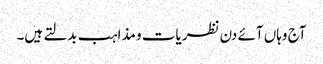
آج وہاں آئے دن نظریات و مذاہب بدلتے ہیں۔